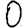
Digit: 0